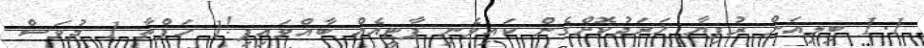
1.1 ބިލިއަން ރުފިޔާ ޚަރަދުކޮށްގެން ކައިވެނި ޕާޓީއެއް ބާއްވައިފި!1 ހަފްތާ 1 ދުވަސް